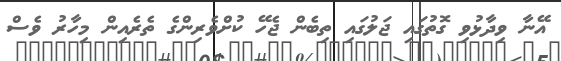
އޭނާ ވިދާޅުވި ގޮތުގައި ޖަލުގައި ތިބެން ޖެހޭ ކުށްވެރިންގެ ތެރެއިން މިހާރު ވެސް